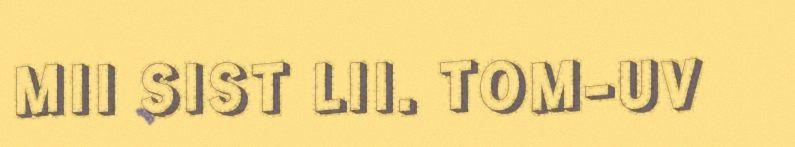
MII SIST LII. TOM-UV